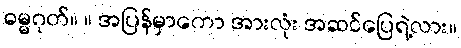
ဓမ္မဂုတ်။ ။ အပြန်မှာကော အားလုံး အဆင်ပြေရဲ့လား။